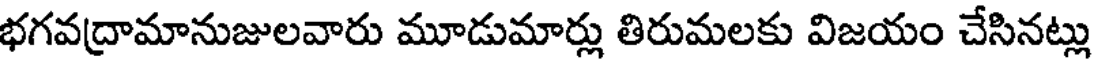
భగవద్రామానుజులవారు మూడుమార్లు తిరుమలకు విజయం చేసినట్లు